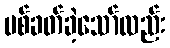
ပစ်ခတ်ခဲ့သော်လည်း